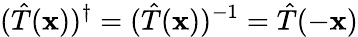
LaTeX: ({\hat{T}}(\mathbf{x}))^{\dagger}=({\hat{T}}(\mathbf{x}))^{-1}={\hat{T}}(-\mathbf{x})